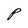
Character: P